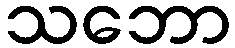
သဘော